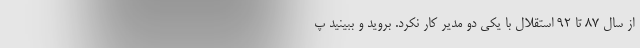
از سال 87 تا 92 استقلال با یکی دو مدیر کار نکرد. بروید و ببینید پ